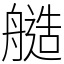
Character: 䒃